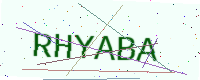
Text: RHYABA